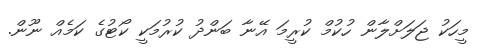
މީހަކު ޖަލަށްލާން ހުކުމް ކުރީމަ އޭނާ ބަންދު ކުރުމަކީ ކޯޓުގެ ކަމެއް ނޫން.